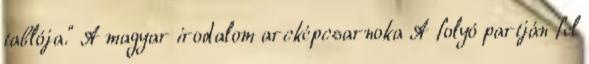
tablója." A magyar irodalom arcképcsarnoka A folyó partján fel